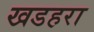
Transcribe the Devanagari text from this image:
खडहरा